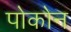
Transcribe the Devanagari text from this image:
पोकोन